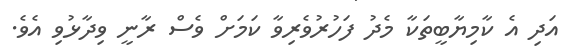
އަދި އެ ކާމިޔާބީތަކާ މެދު ފަހުރުވެރިވާ ކަމަށް ވެސް ރާނީ ވިދާޅުވި އެވެ.